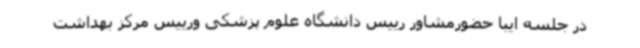
در جلسه ایبا حضورمشاور رییس دانشگاه علوم پزشکی ورییس مرکز بهداشت